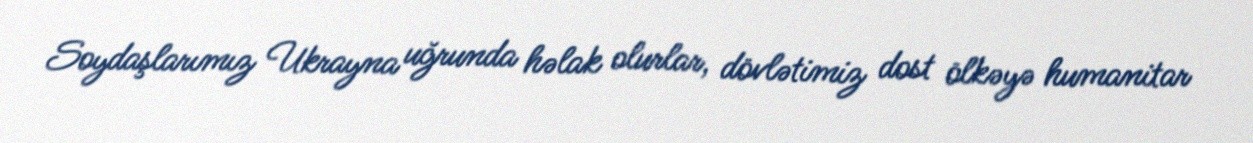
Soydaşlarımız Ukrayna uğrunda həlak olurlar, dövlətimiz dost ölkəyə humanitar